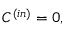
{ \cal C } ^ { ( i n ) } = 0 ,